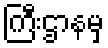
ကြီးဌာနမှ